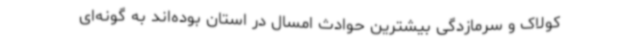
کولاک و سرمازدگی بیشترین حوادث امسال در استان بوده‌اند به گونه‌ای